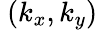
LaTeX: ~(k_{x},k_{y})